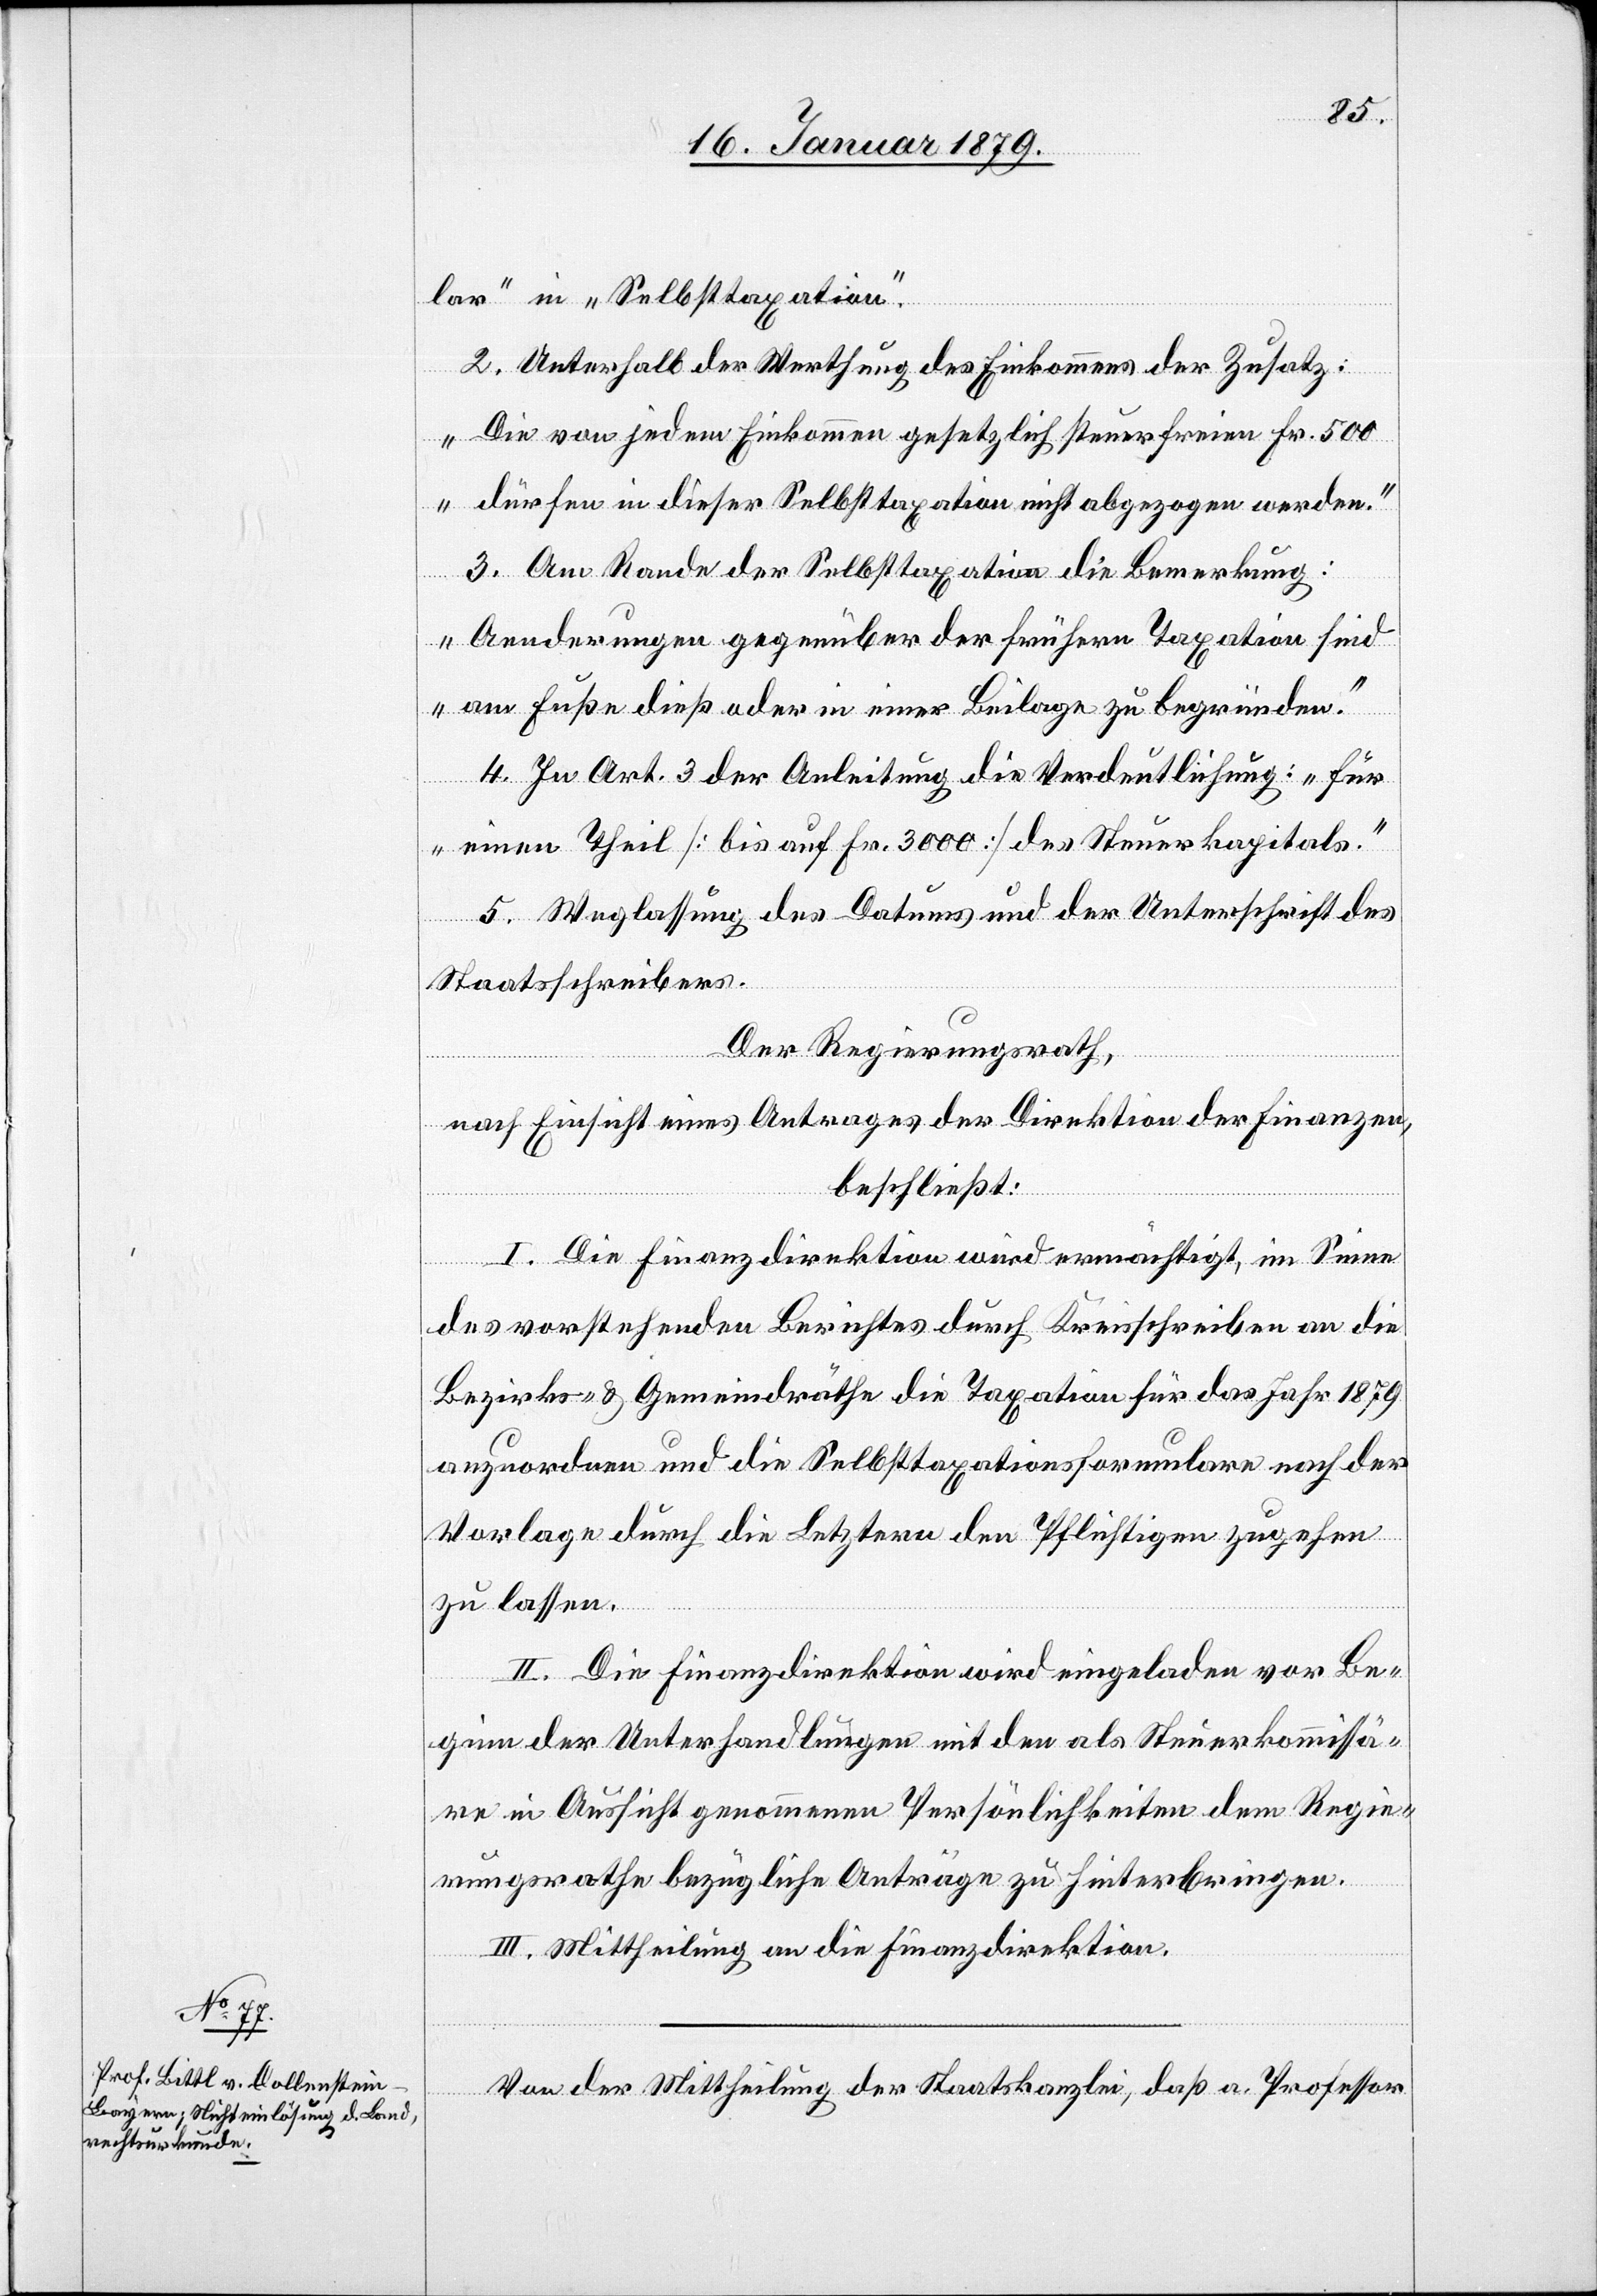
lar“ in „Selbsttaxation“.
2. Unterhalb der Werthung des Einkommens der Zusatz:
„Die von jedem Einkommen gesetzlich steuerfreien Fr. 500
dürfen in dieser Selbsttaxation nicht abgezogen werden.“
3. Am Rande der Selbsttaxation die Bemerkung:
„Aenderungen gegenüber der frühern Taxation sind
am Fuße dieß oder in einer Beilage zu begründen.“
4. Zu Art. 3 der Anleitung die Verdeutlichung: „für
einen Theil [bis auf Fr. 3000] des Steuerkapitals.“
5. Weglassung des Datums und der Unterschrift des
Staatsschreibers.
Der Regierungsrath,
nach Einsicht eines Antrages der Direktion der Finanzen,
beschließt:
I. Die Finanzdirektion wird ermächtigt, im Sinne
des vorstehenden Berichtes durch Kreisschreiben an die
Bezirks- & Gemeindräthe die Taxation für das Jahr 1879
anzuordnen und die Selbsttaxationsformulare nach der
Vorlage durch die Letztern den Pflichtigen zugehen
zu lassen.
II. Die Finanzdirektion wird eingeladen vor Be¬
ginn der Unterhandlungen mit den als Steuerkommissä¬
re in Aussicht genommenen Persönlichkeiten dem Regie¬
rungsrathe bezügliche Anträge zu hinterbringen.
III. Mittheilung an die Finanzdirektion.
Von der Mittheilung der Staatskanzlei, daß a. Professor